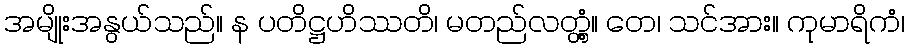
အမျိုးအနွယ်သည်။ န ပတိဋ္ဌဟိဿတိ၊ မတည်လတ္တံ့။ တေ၊ သင်အား။ ကုမာရိကံ၊